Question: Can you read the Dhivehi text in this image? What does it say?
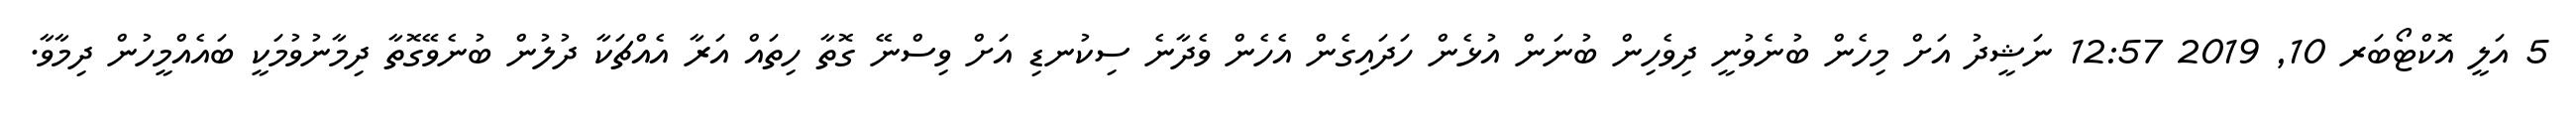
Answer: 5 އަލީ އޮކްޓޯބަރ 10, 2019 12:57 ނަޝީދު އަށް މިހެން ބުނެވުނީ ދިވެހިން ބުނަން އުޅެން ހަދައިގެން އެހެން ވެދާނެ ސިކުނޑި އަށް ވިސްނޭ ގޮތާ ހިތައް އަރާ އެއްޗަކާ ދުލުން ބުނެވޭގޮތާ ދިމާނުވުމަކީ ބައެއްމީހުން ދިމާވާ.